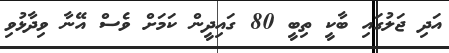
އަދި ޖަލުގައި ބާކީ ތިބީ 80 ގައިދީން ކަމަށް ވެސް އޭނާ ވިދާޅުވި